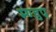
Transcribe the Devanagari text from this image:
म्ण्डप